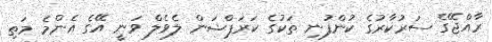
ރާއްޖޭގެ ސަރުކާރުގެ ކުންފުނި ތަކުގެ ކަރަޕްޝަން ލެވެލް ވަނީ އޭގެ އެންމެ މަތި